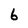
Character: 6